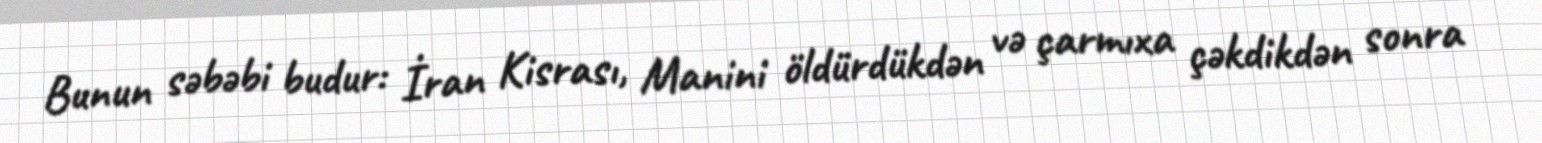
Bunun səbəbi budur: İran Kisrası, Manini öldürdükdən və çarmıxa çəkdikdən sonra